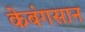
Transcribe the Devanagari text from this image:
केबंगसान